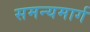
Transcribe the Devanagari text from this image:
समन्यमार्ग